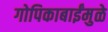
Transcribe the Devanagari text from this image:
गोपिकाबाईंमुळे